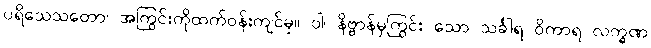
ပရိသေသတော၊ အကြွင်းကိုထက်ဝန်းကျင်မှ။ ဝါ၊ နိဗ္ဗာန်မှကြွင်း သော သင်္ခါရ ဝိကာရ လက္ခဏ